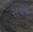
સવીરા